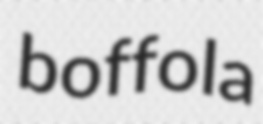
boffola